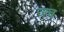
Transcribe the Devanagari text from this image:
ज़च